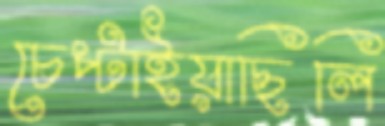
চেপ্‌টাইয়াছিলি